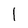
Character: 1